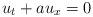
LaTeX: \begin{align*} u_t + a u_x = 0\end{align*}